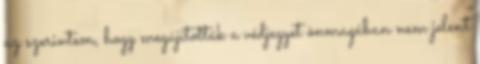
az szerintem, hogy megújították a védjegyet önmagában nem jelent